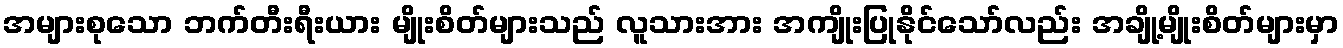
အများစုသော ဘက်တီးရီးယား မျိုးစိတ်များသည် လူသားအား အကျိုးပြုနိုင်သော်လည်း အချို့မျိုးစိတ်များမှာ